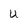
Character: u